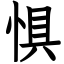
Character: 惧